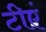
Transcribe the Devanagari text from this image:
टीएं